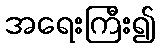
အရေးကြီး၍